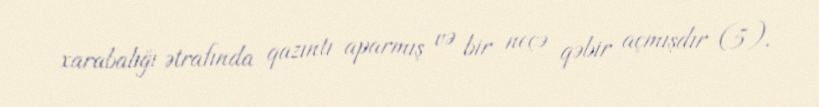
xarabalığı ətrafında qazıntı aparmış və bir neçə qəbir açmışdır (5).